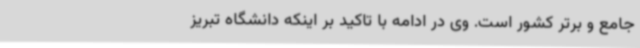
جامع و برتر کشور است. وی در ادامه با تاکید بر اینکه دانشگاه تبریز